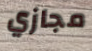
مجازي